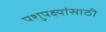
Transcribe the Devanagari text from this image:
पशुपक्ष्यांसाठी